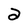
Character: 2